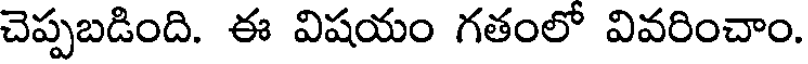
చెప్పబడింది. ఈ విషయం గతంలో వివరించాం.